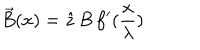
LaTeX: \vec { B } ( x ) = \hat { z } \, B \, f ^ { \prime } ( \frac { x } { \lambda } )